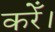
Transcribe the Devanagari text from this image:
करेँ।